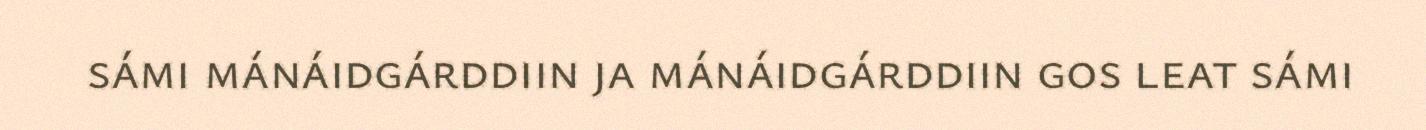
sámi mánáidgárddiin ja mánáidgárddiin gos leat sámi